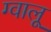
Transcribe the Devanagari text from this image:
ग्वालू